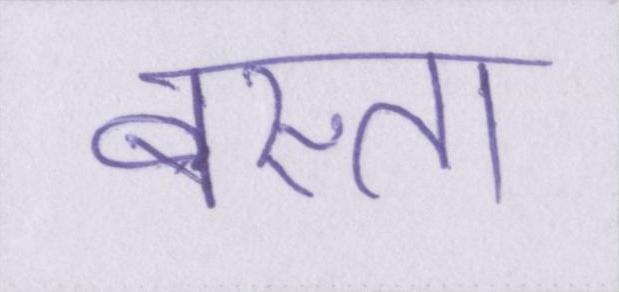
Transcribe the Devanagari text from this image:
बस्ता